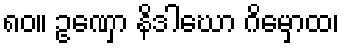
၈၀။ ဥဏှော နိဒါဃော ဂိမှောထ၊